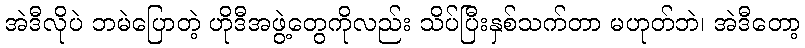
အဲဒီလိုပဲ ဘမဲပြောတဲ့ ဟိုဒီအဖွဲ့တွေကိုလည်း သိပ်ပြီးနှစ်သက်တာ မဟုတ်ဘဲ၊ အဲဒီတော့